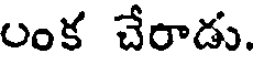
అంక చేరాడు.